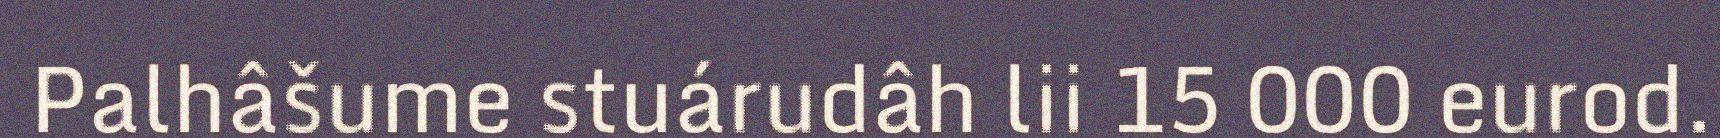
Palhâšume stuárudâh lii 15 000 eurod.